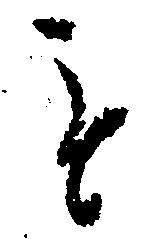
を